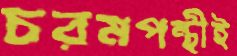
চরমপন্থীই